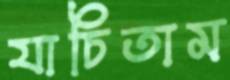
যাচিতাম